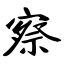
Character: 察